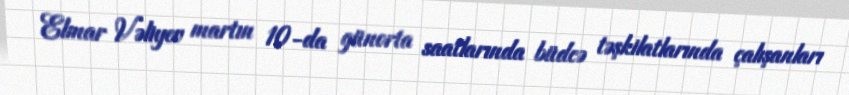
Elmar Vəliyev martın 10-da günorta saatlarında büdcə təşkilatlarında çalışanları